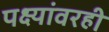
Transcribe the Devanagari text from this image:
पक्ष्यांवरही